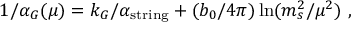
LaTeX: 1 / \alpha _ { G } ( \mu ) = k _ { G } / \alpha _ { \mathrm { s t r i n g } } + ( { b _ { 0 } / { 4 \pi } } ) \ln ( { m _ { s } ^ { 2 } / \mu ^ { 2 } } ) ~ ,